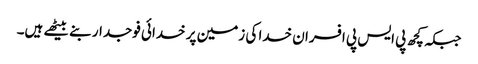
جبکہ کچھ پی ایس پی افسران خدا کی زمین پر خدائی فوجدار بنے بیٹھے ہیں۔